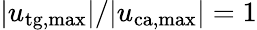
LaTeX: |u_{\mathrm{tg,max}}|/|u_{\mathrm{ca,max}}|=1